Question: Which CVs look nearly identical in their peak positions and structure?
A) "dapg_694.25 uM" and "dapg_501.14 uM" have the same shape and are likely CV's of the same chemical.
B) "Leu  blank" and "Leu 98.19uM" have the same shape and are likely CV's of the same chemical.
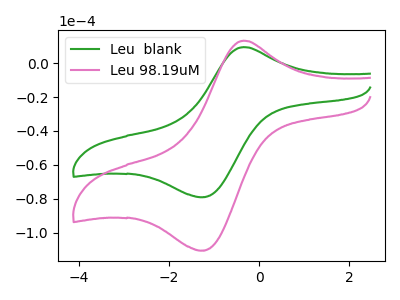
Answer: <think>The green curve "Leu  blank" has an anodic peak at (-0.35V, 9.50uA) and a cathodic peak at (-1.30V, -79.05uA). The pink curve "Leu 98.19uM" has an anodic peak at (-0.35V, 13.30uA) and a cathodic peak at (-1.30V, -110.55uA).
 All the peaks in "Leu  blank" have a peak in "Leu 98.19uM" at the same potential. Every peak in "Leu  blank" is lower than every peak in "Leu 98.19uM".</think>
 <answer>B) "Leu  blank" and "Leu 98.19uM" have the same shape and are likely CV's of the same chemical.</answer>
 <eval>B</eval>